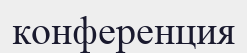
конференция